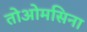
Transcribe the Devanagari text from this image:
तोओमसिना